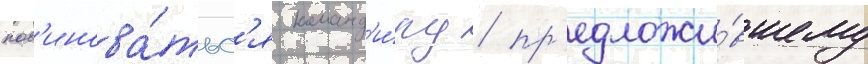
пов'инова́тьс'я команд'и́ру / пр'едложи́вшему